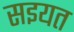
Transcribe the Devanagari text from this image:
सइयत